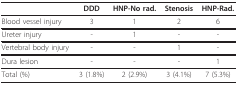
<table><thead><tr><td></td><td><b>DDD</b></td><td><b>HNP-No rad.</b></td><td><b>Stenosis</b></td><td><b>HNP-Rad.</b></td></tr></thead><tbody><tr><td>Blood vessel injury</td><td>3</td><td>1</td><td>2</td><td>6</td></tr><tr><td>Ureter injury</td><td>-</td><td>1</td><td>-</td><td>-</td></tr><tr><td>Vertebral body injury</td><td>-</td><td>-</td><td>1</td><td>-</td></tr><tr><td>Dura lesion</td><td>-</td><td>-</td><td>-</td><td>1</td></tr><tr><td>Total (%)</td><td>3 (1.8%)</td><td>2 (2.9%)</td><td>3 (4.1%)</td><td>7 (5.3%)</td></tr></tbody></table>